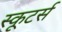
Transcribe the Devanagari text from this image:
स्कूटर्स